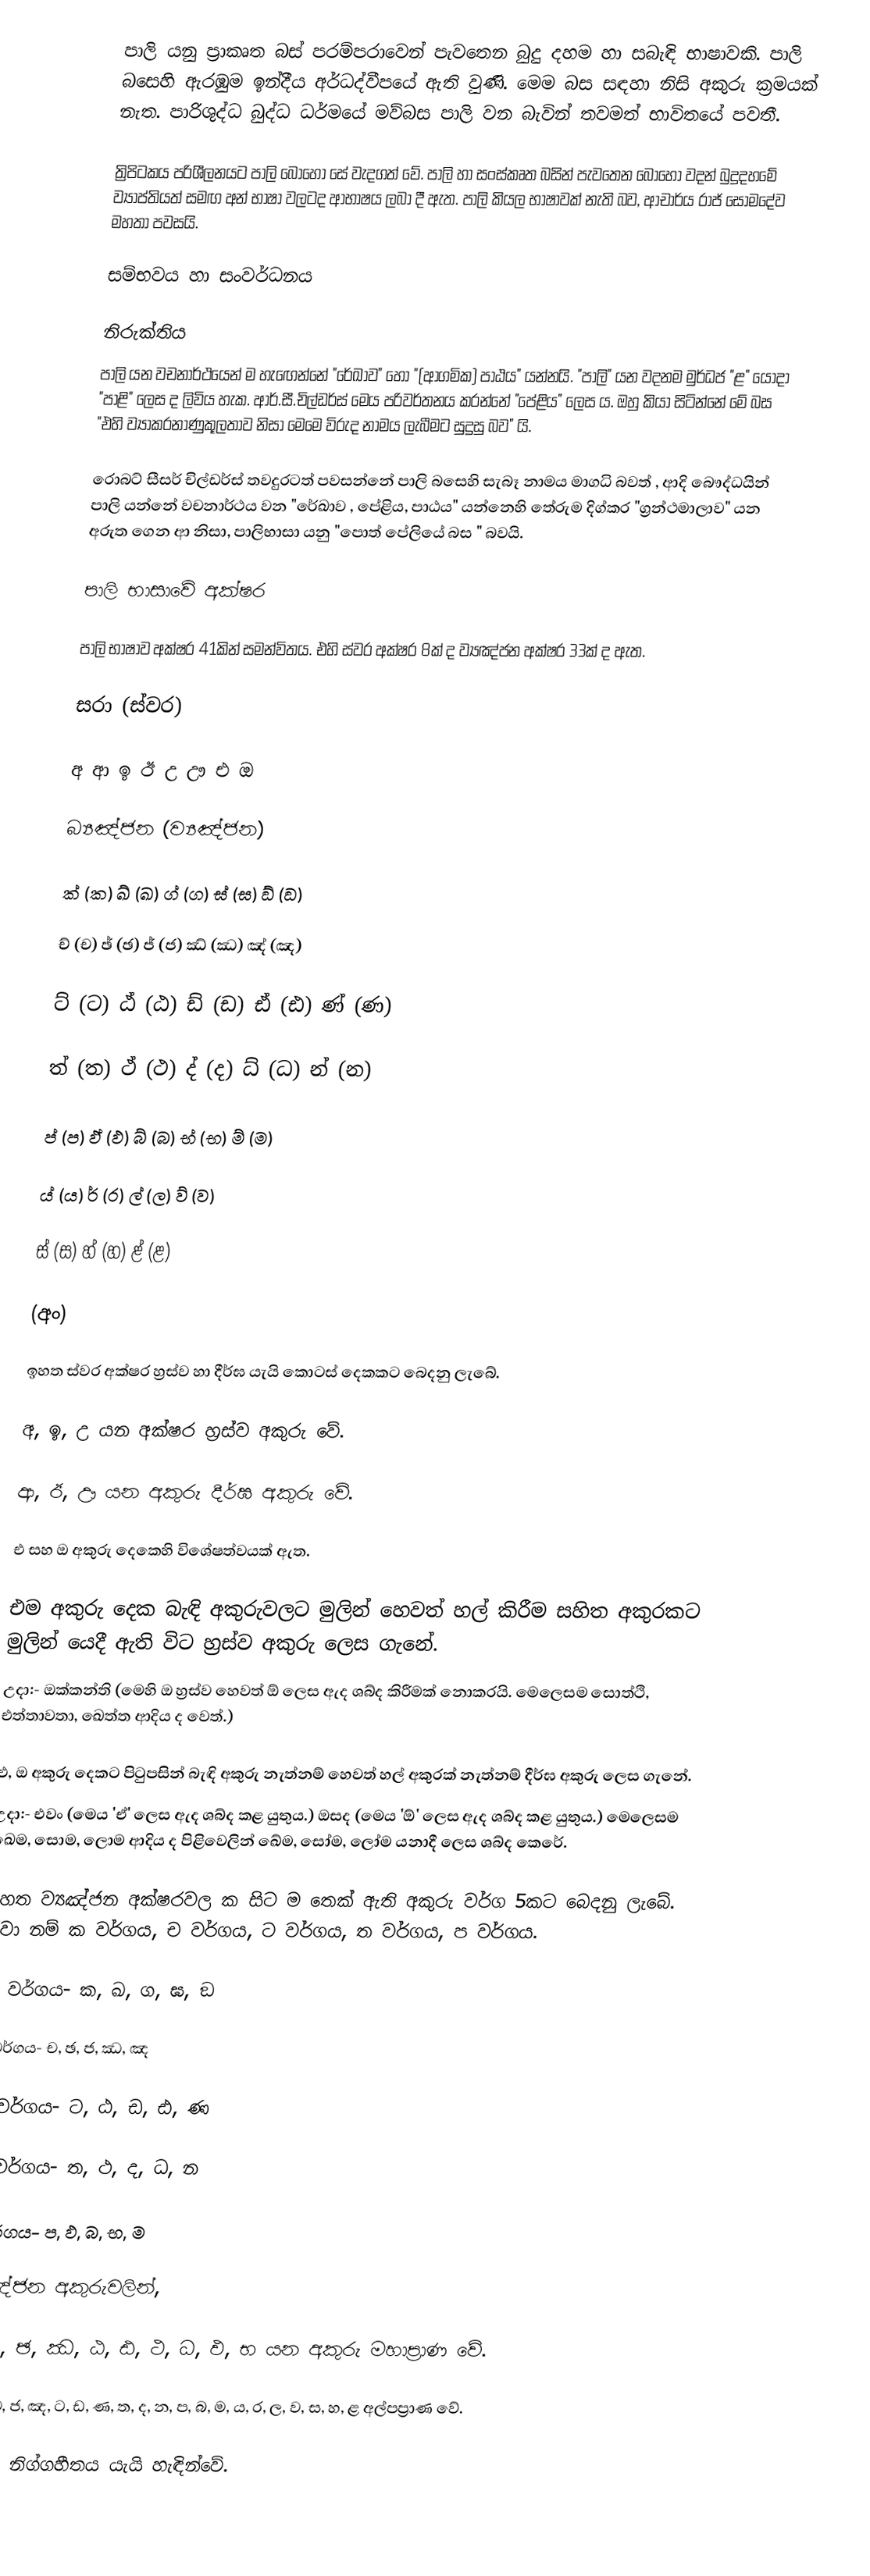
පාලි යනු ප්‍රාකෘත බස් පරම්පරාවෙන් පැවතෙන බුදු දහම හා සබැඳි භාෂාවකි. පාලි බසෙහි ඇරඹුම ඉන්දීය අර්ධද්වීපයේ ඇති වුණි. මෙම බස සඳහා නිසි අකුරු ක්‍රමයක් නැත. පාරිශුද්ධ බුද්ධ ධර්මයේ මව්බස පාලි වන බැවින් තවමත් භාවිතයේ පවතී.

ත්‍රිපිටකය පරිශීලනයට පාලි බොහෝ සේ වැදගත් වේ. පාලි හා සංස්කෘත බසින් පැවතෙන බොහෝ වදන් බුදුදහමේ ව්‍යාප්තියත් සමඟ අන් භාෂා වලටද ආභාෂය ලබා දී ඇත. පාලි කියල භාෂාවක් නැති බව,  ආචාර්ය රාජ් සෝමදේව මහතා පවසයි.

සම්භවය හා සංවර්ධනය

නිරුක්තිය
පාලි යන වචනාර්ථයෙන් ම හැඟෙන්නේ "රේඛාව" හෝ "(ආගමික) පාඨය" යන්නයි. "පාලි" යන වදනම මුර්ධජ "ළ" යොදා "පාළි" ලෙස ද ලිවිය හැක.  ආර්.සී.චිල්ඩර්ස් මෙය පරිවර්තනය කරන්නේ "පේළිය" ලෙස ය. ඔහු කියා සිටින්නේ මේ බස  "එහි ව්‍යාකරනාණුකූලතාව නිසා මෙමෙ විරුද නාමය ලැබීමට සුදුසු බව" යි.

රොබට් සීසර් චිල්ඩර්ස් තවදුරටත් පවසන්නේ පාලි බසෙහි සැබෑ නාමය මාගධි බවත් , ආදි බෞද්ධයින් පාලි යන්නේ වචනාර්ථය වන "රේඛාව , පේළිය, පාඨය" යන්නෙහි තේරුම දිග්කර "ග්‍රන්ථමාලාව" යන අරුත ගෙන ආ නිසා, පාලිභාසා යනු "පොත් පේලියේ බස " බවයි.

පාලි භාසාවේ අක්ෂර

පාලි භාෂාව අක්ෂර 41කින් සමන්විතය. එහි ස්වර අක්ෂර 8ක් ද ව්‍යඤ්ජන අක්ෂර 33ක් ද ඇත.

සරා (ස්වර)

අ ආ ඉ ඊ උ ඌ එ ඔ

බ්‍යඤ්ජන (ව්‍යඤ්ජන)

ක් (ක) ඛ් (ඛ) ග් (ග) ඝ් (ඝ)  ඞ් (ඞ)

ච් (ච) ඡ් (ඡ)  ජ් (ජ) ඣ් (ඣ) ඤ් (ඤ)

ට් (ට) ඨ් (ඨ) ඩ් (ඩ) ඪ් (ඪ) ණ් (ණ)

ත් (ත) ථ් (ථ) ද් (ද) ධ් (ධ) න් (න)

ප් (ප) ඵ් (ඵ) බ් (බ) භ් (භ) ම් (ම)

ය් (ය) ර් (ර) ල් (ල) ව් (ව)

ස් (ස) හ් (හ) ළ් (ළ)

(අං)

ඉහත ස්වර අක්ෂර හ්‍රස්ව හා දීර්ඝ යැයි කොටස් දෙකකට බෙදනු ලැබේ.

 අ, ඉ, උ යන අක්ෂර හ්‍රස්ව අකුරු වේ.

 ආ, ඊ, ඌ යන අකුරු දීර්ඝ අකුරු වේ.

 එ සහ ඔ අකුරු දෙකෙහි විශේෂත්වයක් ඇත.

එම අකුරු දෙක බැඳි අකුරුවලට මුලින් හෙවත් හල් කිරීම සහිත අකුරකට මුලින් යෙදී ඇති විට හ්‍රස්ව අකුරු ලෙස ගැනේ.
උදා:- ඔක්කන්ති (මෙහි ඔ හ්‍රස්ව හෙවත් ඕ ලෙස ඇද ශබ්ද කිරීමක් නොකරයි. මෙලෙසම සොත්ථි, එත්තාවතා, ඛෙත්ත ආදිය ද වෙත්.)

එ, ඔ අකුරු දෙකට පිටුපසින් බැඳි අකුරු නැත්නම් හෙවත් හල් අකුරක් නැත්නම් දීර්ඝ අකුරු ලෙස ගැනේ.
උදා:- එවං (මෙය 'ඒ' ලෙස ඇද ශබ්ද කළ යුතුය.) ඔසද (මෙය 'ඕ' ලෙස ඇද ශබ්ද කළ යුතුය.) මෙලෙසම ඛෙම, සොම, ලොම ආදිය ද පිළිවෙලින් ඛේම, සෝම, ලෝම යනාදී ලෙස ශබ්ද කෙරේ.

ඉහත ව්‍යඤ්ජන අක්ෂරවල ක සිට ම තෙක් ඇති අකුරු වර්ග 5කට බෙදනු ලැබේ. ඒවා නම් ක වර්ගය, ච වර්ගය, ට වර්ගය, ත වර්ගය, ප වර්ගය.

 ක වර්ගය- ක, ඛ, ග, ඝ, ඞ

 ච වර්ගය- ච, ඡ, ජ, ඣ, ඤ

 ට වර්ගය- ට, ඨ, ඩ, ඪ, ණ

 ත වර්ගය- ත, ථ, ද, ධ, න

 ප වර්ගය- ප, ඵ, බ, භ, ම

ව්‍යඤ්ජන අකුරුවලින්,

 ඛ, ඝ, ඡ, ඣ, ඨ, ඪ, ථ, ධ, ඵ, භ යන අකුරු මහාප්‍රාණ වේ.

 ක, ග, ච, ජ, ඤ, ට, ඩ, ණ, ත, ද, න, ප, බ, ම, ය, ර, ල, ව, ස, හ, ළ අල්පප්‍රාණ වේ.

 බින්දුව නිග්ගහීතය යැයි හැඳින්වේ.